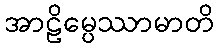
အာဠိမ္ပေဿာမာတိ